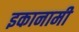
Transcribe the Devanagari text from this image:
इकानामी